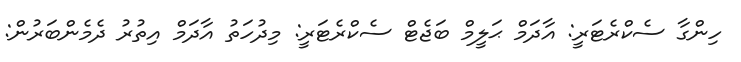
ހިންގާ ސެކްރެޓަރީ: އާދަމް ޙަލީމް ބަޖެޓް ސެކްރެޓަރީ: މިދުހަތު އާދަމް އިތުރު ދެމެންބަރުން: